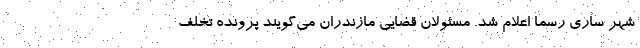
شهر ساری رسما اعلام شد. مسئولان قضایی مازندران می‌گویند پرونده تخلف